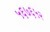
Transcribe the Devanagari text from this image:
५६७६५२